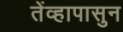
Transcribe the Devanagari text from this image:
तेंव्हापासुन